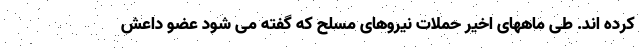
کرده اند. طی ماههای اخیر حملات نیروهای مسلح که گفته می شود عضو داعش